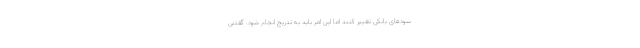
سودهای بانکی تغییر کنند اما این امر باید به تدریج انجام شود. گفتنی